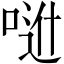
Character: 𠶆